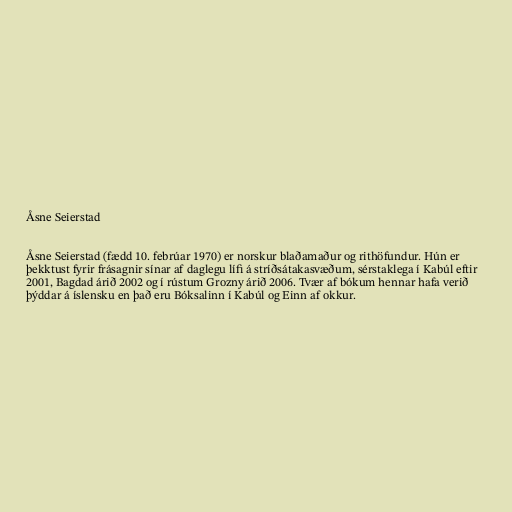
Åsne Seierstad

Åsne Seierstad (fædd 10. febrúar 1970) er norskur blaðamaður og rithöfundur. Hún er
þekktust fyrir frásagnir sínar af daglegu lífi á stríðsátakasvæðum, sérstaklega í Kabúl eftir
2001, Bagdad árið 2002 og í rústum Grozny árið 2006. Tvær af bókum hennar hafa verið
þýddar á íslensku en það eru Bóksalinn í Kabúl og Einn af okkur.